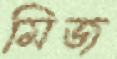
মিজ